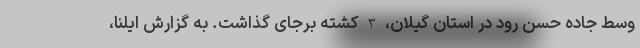
وسط جاده حسن رود در استان گیلان، 3 کشته برجای گذاشت. به گزارش ایلنا،